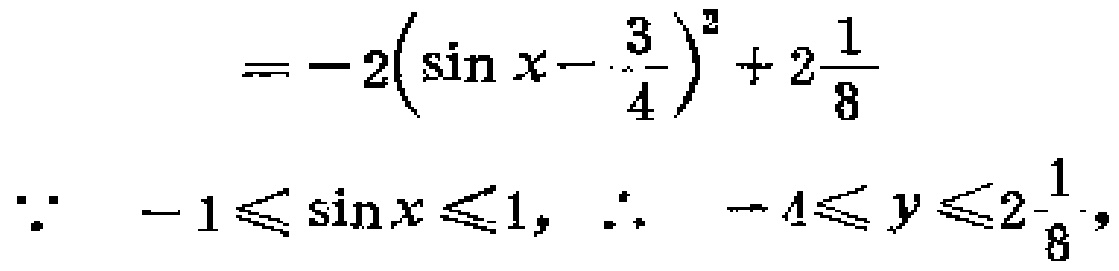
\[
\begin{align*}
&=-2\left(\sin x - \frac{3}{4}\right)^2 + 2\frac{1}{8}\\
\because\ -1\leqslant\sin x\leqslant1,\therefore\ - 4\leqslant y\leqslant2\frac{1}{8},
\end{align*}
\]